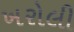
ખરોલી